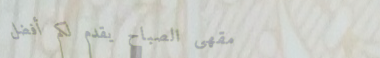
مقهى الصباح يقدم لكم أفضل